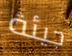
جيئة